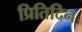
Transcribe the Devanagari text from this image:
प्रितिदिन